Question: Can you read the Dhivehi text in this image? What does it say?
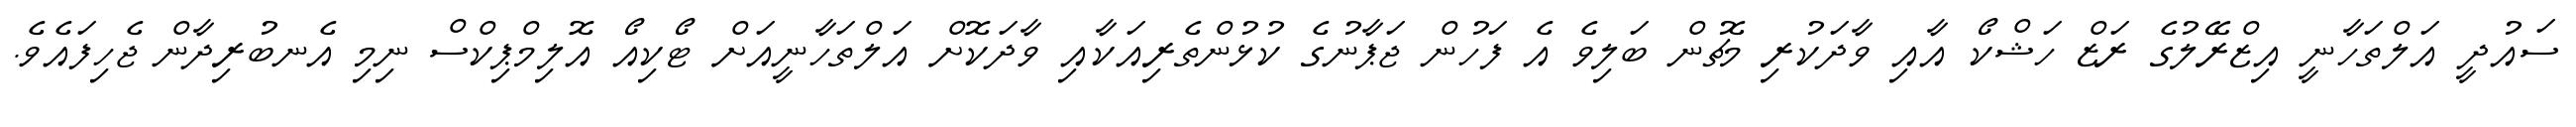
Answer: ސައުދީ އަލްތަހާނީ އިޒްރޭލުގެ ރަޒް ހަޝްކޯ އާއި ވާދަކުރި މެޗުން ބަލިވެ އެ ފަހުން ޖަޕާނުގެ ކުޅުންތެރިއަކާއި ވާދަކޮށް އަލްތަހާނީއަށް ޓޯކިއޯ އޮލިމްޕިކްސް ނިމި އެނބުރިދާން ޖެހިފައެވެ.